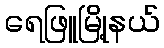
ရေဖြူမြို့နယ်